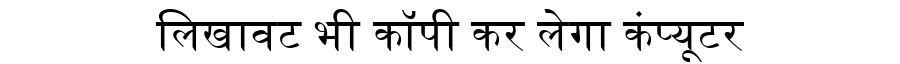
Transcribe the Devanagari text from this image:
लिखावट भी कॉपी कर लेगा कंप्यूटर